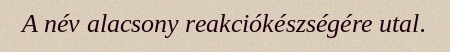
A név alacsony reakciókészségére utal.